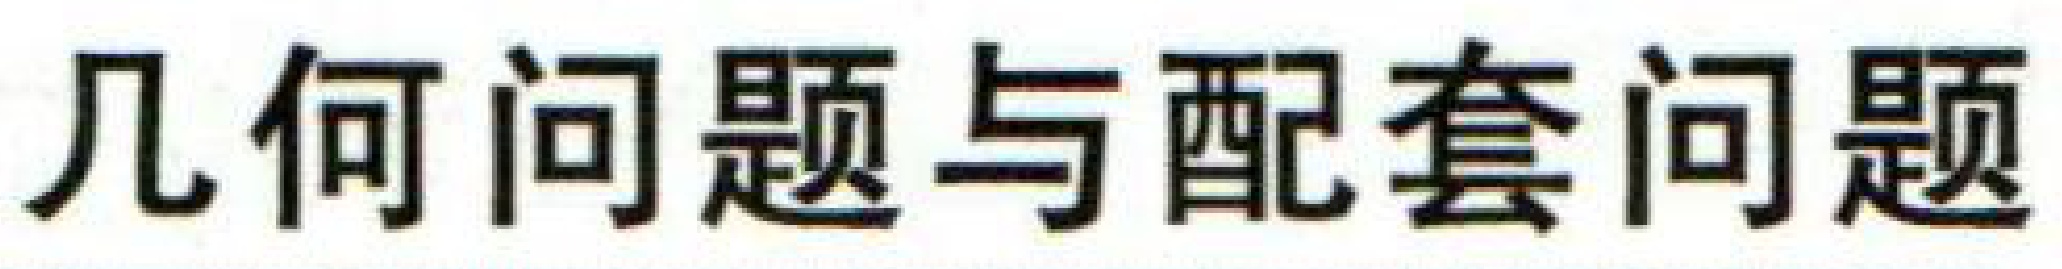
几何问题与配套问题